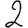
Digit: 2